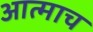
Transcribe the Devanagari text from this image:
आत्माच